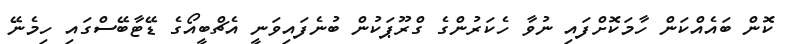
ކޮން ބައެއްކަން ހާމަކޮށްފައި ނުވާ ހެކަރުންގެ ގްރޫޕަކުން ބުނެފައިވަނީ އެޗްބީއޯގެ ޑޭޓާބޭސްގައި ހިމެނޭ